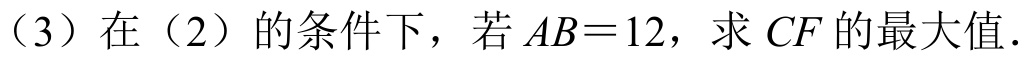
（3）在（2）的条件下，若 \(AB = 12\)，求 \(CF\) 的最大值．